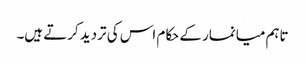
تاہم میانمار کے حکام اس کی تردید کرتے ہیں۔